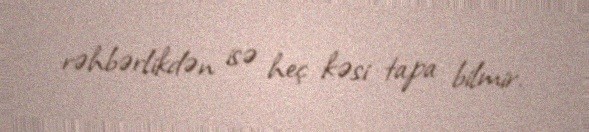
rəhbərlikdən isə heç kəsi tapa bilmir.